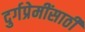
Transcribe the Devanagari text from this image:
दुर्गप्रेमींसाठी